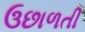
ઉછાળતી